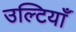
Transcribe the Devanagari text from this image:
उल्टियाँ